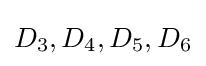
D_{3},D_{4},D_{5},D_{6}